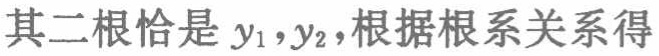
其二根恰是 \(y_{1},y_{2}\)，根据根系关系得